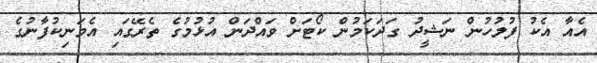
އެއާ އެކު ފުލުހުން ނަޝީދު ގަދަކަމުން ކޯޓަށް ވައްދަން އުޅުމުގެ ތެރޭގައި އެމަނިކުފާނުގެ